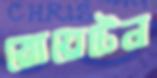
রোয়েটেন